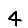
Digit: 4